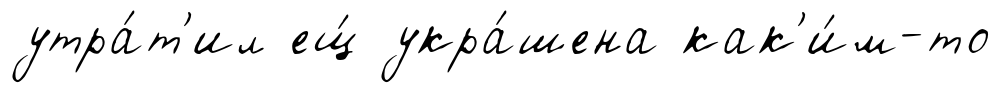
утра́т'ил ещ́ укра́шена как'и́м-то